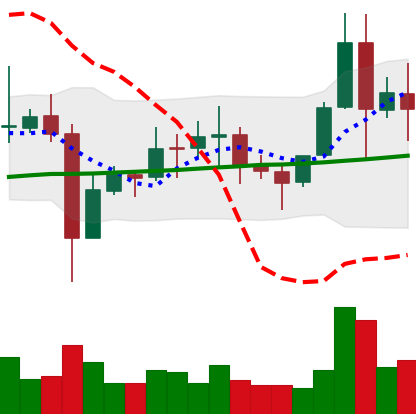
Ticker: EOS-USD
Chart end date: 2021-11-12
Forward return: -9.954%
Label: down_7plus